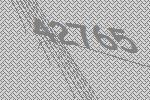
42765